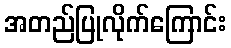
အတည်ပြုလိုက်ကြောင်း